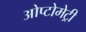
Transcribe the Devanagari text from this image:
ओप्टोमेट्री